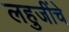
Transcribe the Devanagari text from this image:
लहुजींचे